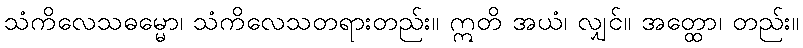
သံကိလေသဓမ္မော၊ သံကိလေသတရားတည်း။ ဣတိ အယံ၊ လျှင်။ အတ္ထော၊ တည်း။